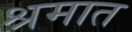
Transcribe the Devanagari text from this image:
श्रमात